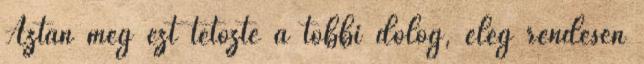
Aztán még ezt tetőzte a többi dolog, elég rendesen